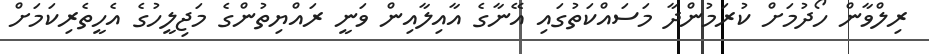
ރިލްވާން ހޯދުމަށް ކުރަމުންދާ މަސައްކަތުގައި އޭނާގެ އާއިލާއިން ވަނީ ރައްޔިތުންގެ މަޖިލީހުގެ އެހީތެރިކަމަށް